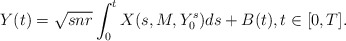
\begin{align*} Y(t) = \sqrt{snr} \int_0^t X(s, M, Y_0^{s}) ds+B(t),t \in[0, T].\end{align*}